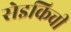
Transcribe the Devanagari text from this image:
सेइकिची